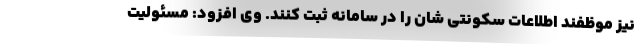
نیز موظفند اطلاعات سکونتی شان را در سامانه ثبت کنند. وی افزود: مسئولیت